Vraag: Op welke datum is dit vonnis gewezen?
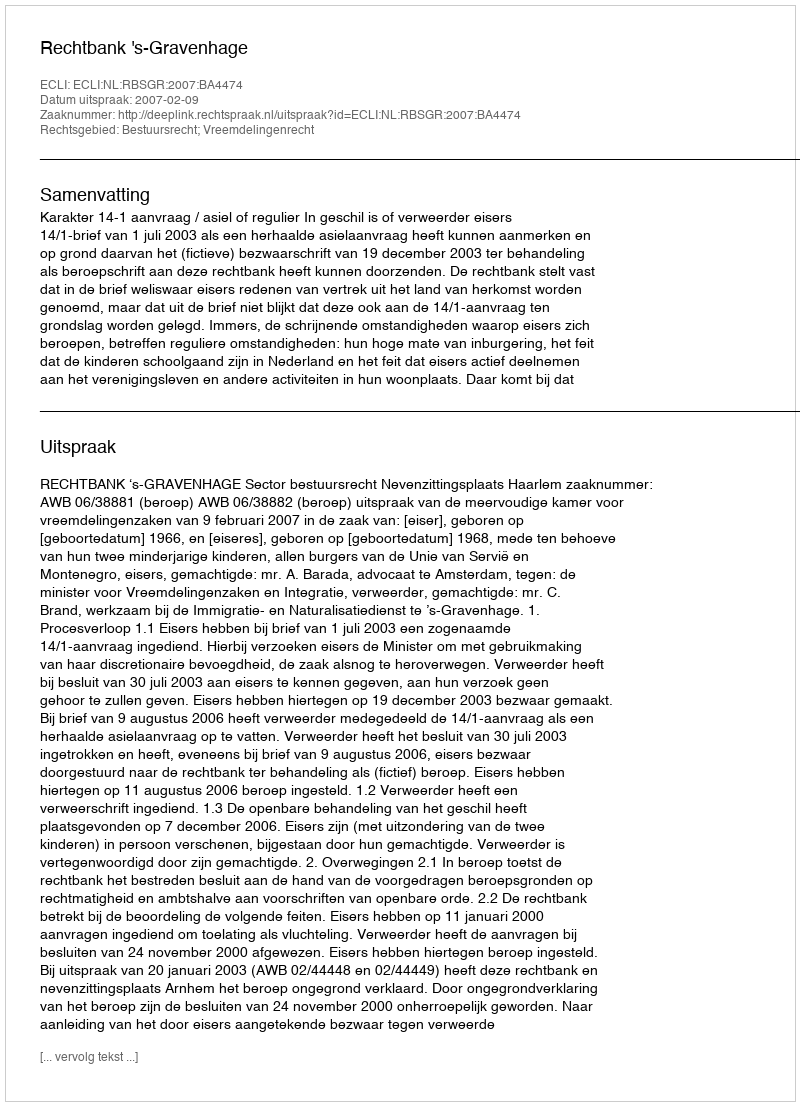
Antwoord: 2007-02-09